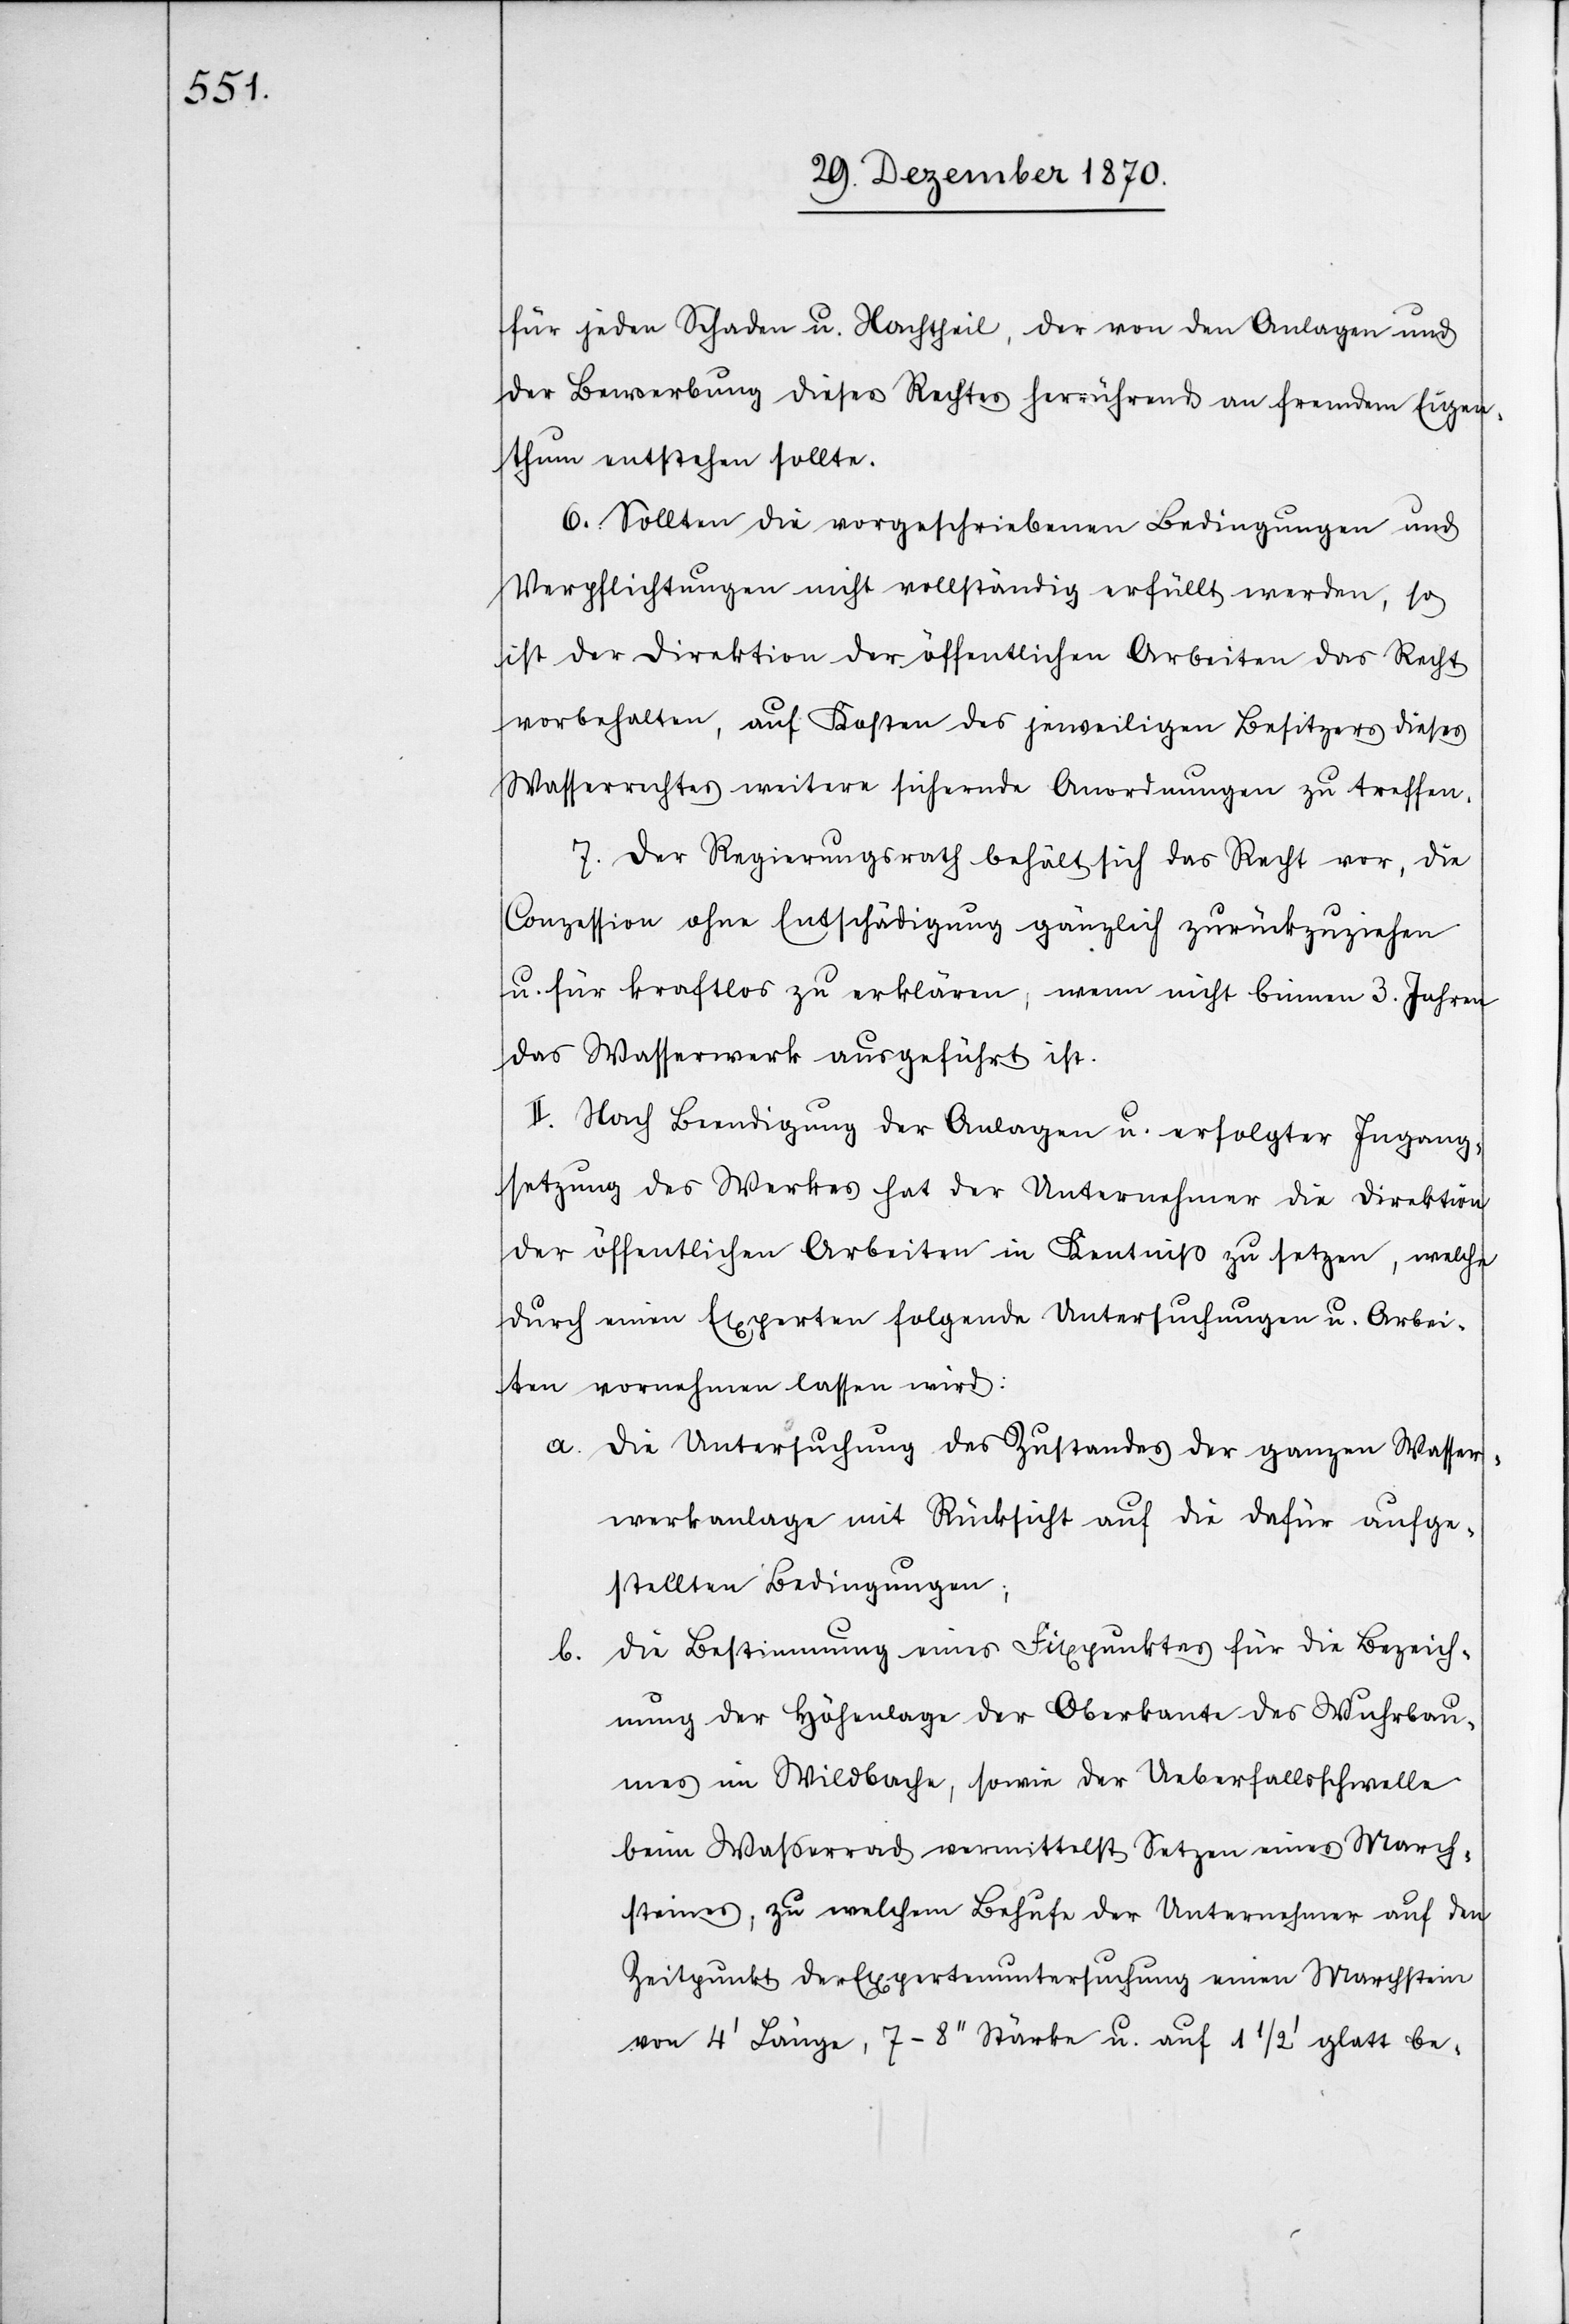
für jeden Schaden u. Nachtheil, der von den Anlagen und
der Bewerbung dieses Rechtes herrührend an fremdem Eigen¬
thum entstehen sollte.
6. Sollten die vorgeschriebenen Bedingungen und
Verpflichtungen nicht vollständig erfüllt werden, so
ist der Direktion der öffentlichen Arbeiten das Recht
vorbehalten, auf Kosten des jeweiligen Besitzers dieses
Wasserrechtes weitere sichernde Anordnungen zu treffen.
7. Der Regierungsrath behält sich das Recht vor, die
Conzession ohne Entschädigung gänzlich zurückzuziehen
u. für kraftlos zu erklären, wenn nicht binnen 3. Jahren
das Wasserwerk ausgeführt ist.
II. Nach Beendigung der Anlagen u. erfolgter Ingang¬
setzung des Werkes hat der Unternehmer die Direktion
der öffentlichen Arbeiten in Kenntniß zu setzen, welche
durch einen Experten folgende Untersuchungen u. Arbei¬
ten vornehmen lassen wird:
a. Die Untersuchung des Zustandes der ganzen Wasser¬
werkanlage mit Rücksicht auf die dafür aufge¬
stellten Bedingungen;
b. Die Bestimmung eines Fixpunktes für die Bezeich¬
nung der Höhenlage der Oberkante des Wuhrbau¬
mes im Wildbache, sowie der Ueberfallsschwelle
beim Wasserrad vermittelst Setzen eines March¬
steines, zu welchem Behufe der Unternehmer auf den
Zeitpunkt der Expertenuntersuchung einen Marchstein
von 4’ Länge, 7–8’’ Stärke u. auf 1 1/2 glatt be-